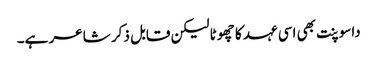
داسوپنت بھی اسی عہد کا چھوٹا لیکن قابل ذکر شاعر ہے۔